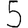
Digit: 5